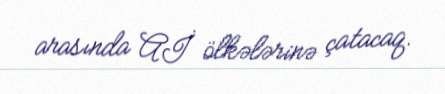
arasında Aİ ölkələrinə çatacaq.